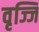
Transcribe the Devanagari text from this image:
वृज्जि